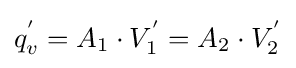
q_{v}^{'}=A_{1}\cdot V_{1}^{'}=A_{2}\cdot V_{2}^{'}